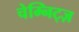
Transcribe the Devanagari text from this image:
चेम्निट्ज़